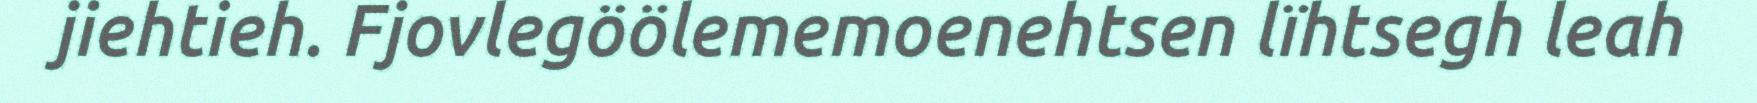
jiehtieh. Fjovlegöölememoenehtsen lïhtsegh leah